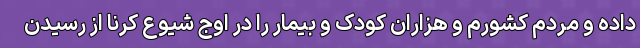
داده و مردم کشورم و هزاران کودک و بیمار را در اوج شیوع کرنا از رسیدن